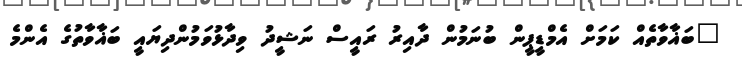
"ބަޣާވާތެއް ކަމަށް އެމްޑީޕީން ބުނަމުން ދާއިރު ރައީސް ނަޝީދު ވިދާޅުވަމުންދިޔައީ ބަޣާވާތުގެ އެންމެ